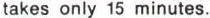
takes only 15 minutes.